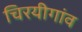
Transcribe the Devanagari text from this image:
चिरयीगांव